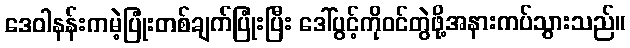
ဒေဝါနန်းကမဲ့ပြုံးတစ်ချက်ပြုံးပြီး ဒေါ်ပွင့်ကိုဝင်တွဲဖို့အနားကပ်သွားသည်။